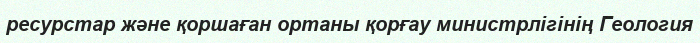
ресурстар және қоршаған ортаны қорғау министрлігінің Геология